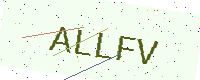
Text: ALLFV